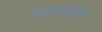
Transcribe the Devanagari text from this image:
कळणारी